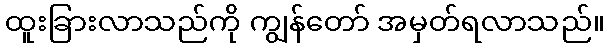
ထူးခြားလာသည်ကို ကျွန်တော် အမှတ်ရလာသည်။